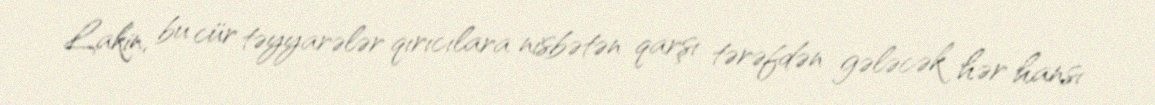
Lakin, bu cür təyyarələr qırıcılara nisbətən qarşı tərəfdən gələcək hər hansı